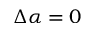
\Delta \alpha = 0